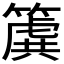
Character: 𮆌